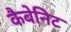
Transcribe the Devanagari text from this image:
कैबेनिट